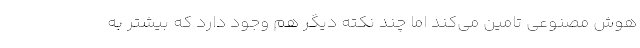
هوش مصنوعی تامین می‌کند اما چند نکته دیگر هم وجود دارد که بیشتر به